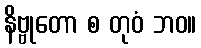
နိဗ္ဗုတော စ တုဝံ ဘဝ။